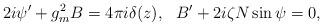
\begin{align*}2i\psi'+g_m^2B=4\pi i\delta(z),~~ B'+2i\zeta N\sin\psi=0,\end{align*}